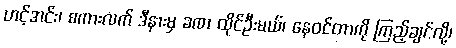
ဟင့်အင်း၊ စကားလက် ဒီနားမှ ခဏ ထိုင်ဦးမယ်၊ နေဝင်တာကို ကြည့်ချင်လို့၊